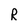
Character: R